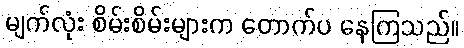
မျက်လုံး စိမ်းစိမ်းများက တောက်ပ နေကြသည်။